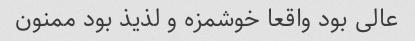
عالی بود واقعا خوشمزه و لذیذ بود ممنون